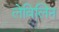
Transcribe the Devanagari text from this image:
लेविलिन